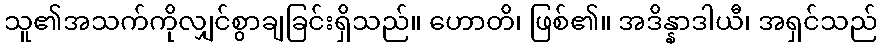
သူ၏အသက်ကိုလျှင်စွာချခြင်းရှိသည်။ ဟောတိ၊ ဖြစ်၏။ အဒိန္နာဒါယီ၊ အရှင်သည်